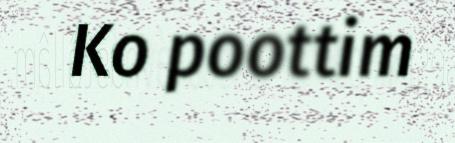
Ko poottim